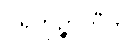
ပရိဘုဉ္ဇာဟီတိ